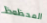
المحظوظ